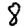
Digit: 8